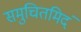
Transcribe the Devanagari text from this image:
समुचितमिदं